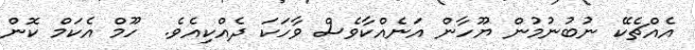
އެއްޗެކޭ ނުބުނުމުން ޔޫހާން އަނެއްކާވެސް ވާހަކަ ދެއްކިއެވެ.  ހޫމް އެކަމް ކޮން